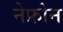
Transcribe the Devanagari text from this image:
नेफ्रोन